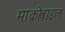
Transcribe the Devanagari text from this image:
माक्रोबाइल